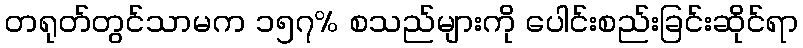
တရုတ်တွင်သာမက ၁၅၇% စသည်များကို ပေါင်းစည်းခြင်းဆိုင်ရာ